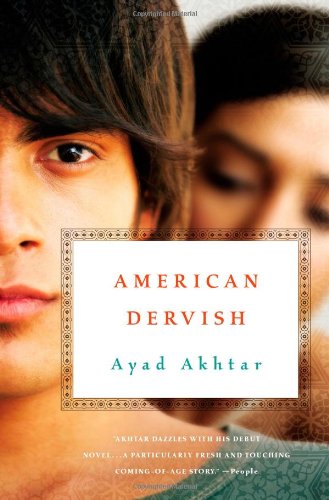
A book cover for American Dervish: A Novel; Ayad Akhtar; Literature & Fiction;